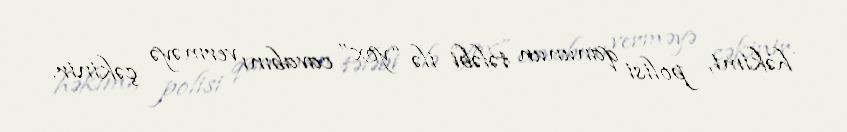
həkimi, polisi qanunun tələbi ilə “yox” cavabını verməyə çəkinir.